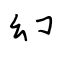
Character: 幻